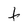
Character: t